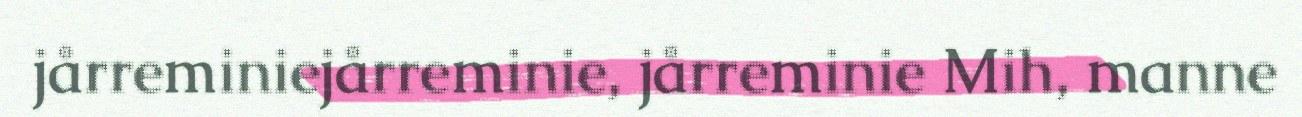
jårreminiejårreminie, jårreminie Mih, manne